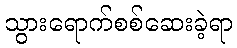
သွားရောက်စစ်ဆေးခဲ့ရာ